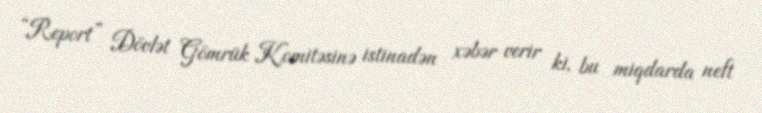
“Report” Dövlət Gömrük Komitəsinə istinadən xəbər verir ki, bu miqdarda neft